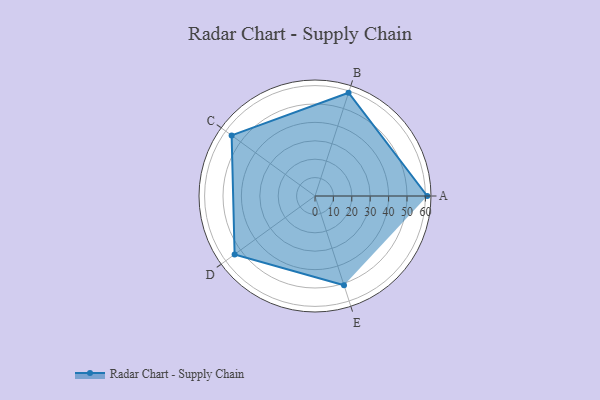
{"axis": {"x": "Skill", "y": "Score"}, "legend": ["Profile"], "data": [{"x": "A", "y": 61.0, "type": "Profile"}, {"x": "B", "y": 59.0, "type": "Profile"}, {"x": "C", "y": 56.0, "type": "Profile"}, {"x": "D", "y": 54.0, "type": "Profile"}, {"x": "E", "y": 51.0, "type": "Profile"}]}